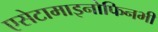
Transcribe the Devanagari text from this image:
एसेटामाइनोफिनभी